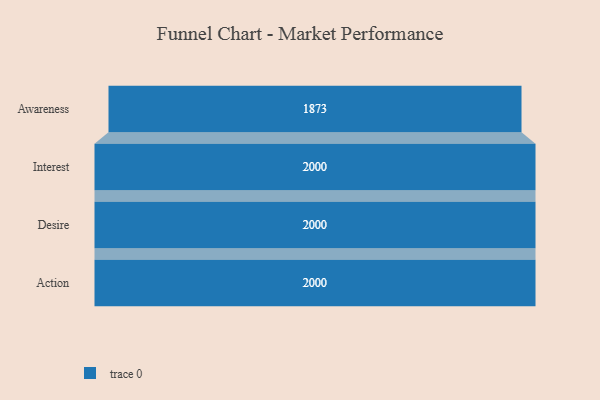
{"axis": {"x": "Stage", "y": "Value"}, "legend": [""], "data": [{"x": "Awareness", "y": 1873.0, "type": ""}, {"x": "Interest", "y": 2000, "type": ""}, {"x": "Desire", "y": 2000, "type": ""}, {"x": "Action", "y": 2000, "type": ""}]}